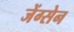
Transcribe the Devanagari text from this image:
जेंग्सेन